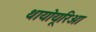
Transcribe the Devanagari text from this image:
थायोयूरिआ